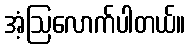
အံ့ဩလောက်ပါတယ်။